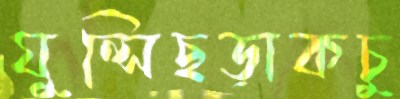
ঘুন্সিছড়াকচু